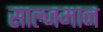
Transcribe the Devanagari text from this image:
साल्जमान